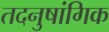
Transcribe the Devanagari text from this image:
तदनुषांगिक